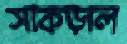
সাকড়াল